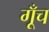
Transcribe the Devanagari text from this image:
गूँच